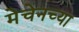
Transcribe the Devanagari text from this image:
मेचेनच्या